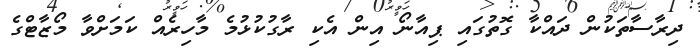
ދިރާސާތަކުން ދައްކާ ގޮތުގައި ޕިއާނޯ އިން އެކި ރާގުކުޅުމެ މާހިރެއް ކަމަށްވާ މޯޒާޓްގެ